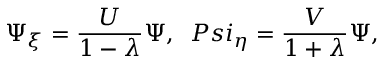
\Psi _ { \xi } = \frac { U } { 1 - \lambda } \Psi , \ \, P s i _ { \eta } = \frac { V } { 1 + \lambda } \Psi ,